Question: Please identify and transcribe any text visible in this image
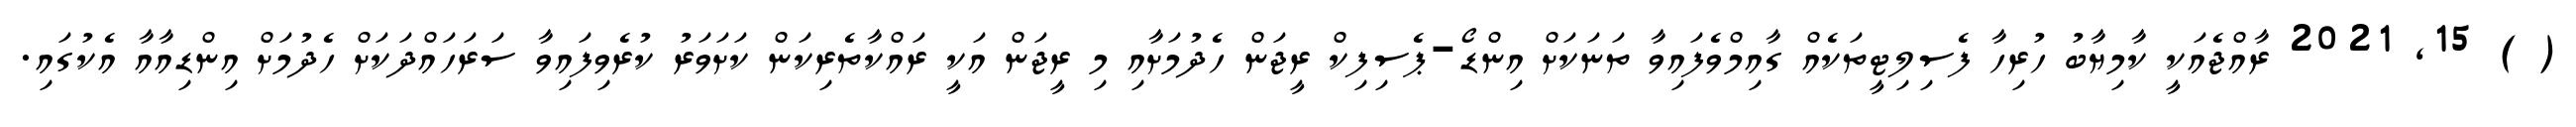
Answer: ( ) 15, 2021 ރާއްޖެއަކީ ކާމިޔާބު ހުރިހާ ފެސިލިޓީތަކެއް ގާއިމްވެފައިވާ ތަނަކަށް އިންޑޯ-ޕެސިފިކް ރީޖަން ހެދުމަށާއި މި ރީޖަން އަކީ ރައްކާތެރިކަން ކަށަވަރު ކުރެވިފައިވާ ސަރަހައްދަކަށް ހެދުމަށް އިންޑިއާއާ އެކުގައި.